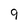
Character: 9